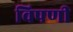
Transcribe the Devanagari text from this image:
विपणी